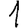
Digit: 1